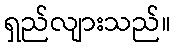
ရှည်လျားသည်။